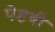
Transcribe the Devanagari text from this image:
पेडवी